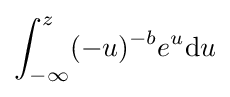
\int _{-\infty }^{z}(-u)^{-b}e^{u}\mathrm {d} u